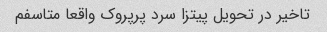
تاخیر در تحویل پیتزا سرد پرپروک واقعا متاسفم